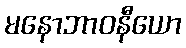
မနောဘာဝနီယော